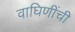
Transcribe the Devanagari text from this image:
वाघिणींची